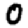
Digit: 0